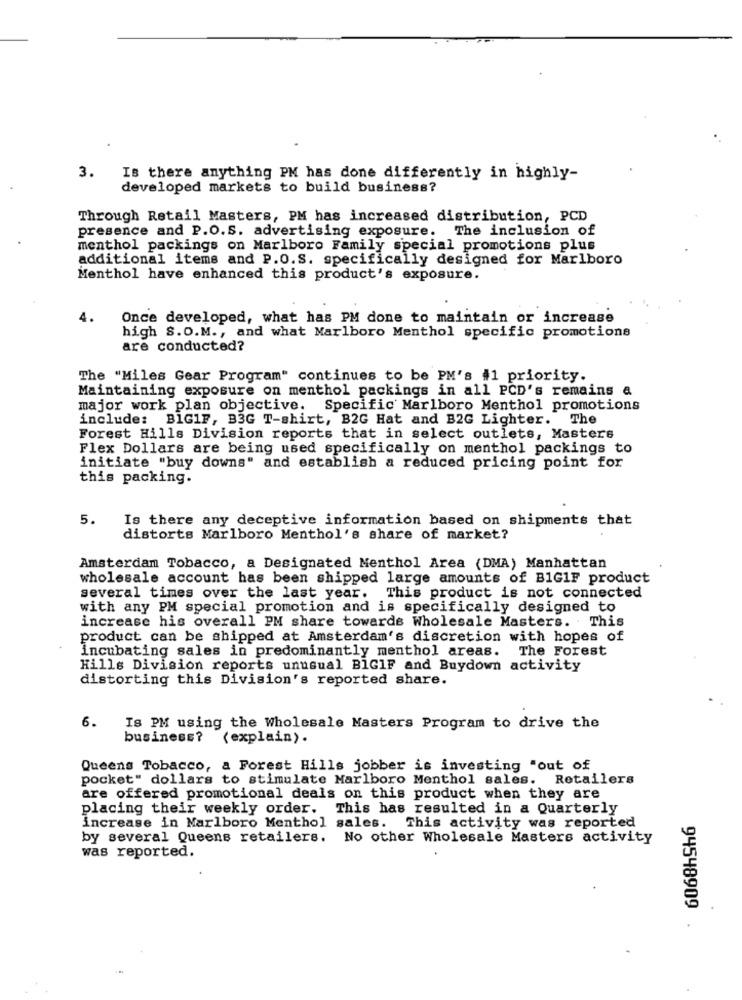
3.
Is there anything PM has done differently in highly-
developed markets to build business?
Through Retail Masters, PM has increased distribution, PCD
presence and P.O.S. advertising exposure. The inclusion of
menthol packings on Marlboro Family special promotions plus
additional items and P.O.S. specifically designed for Marlboro
Menthol have enhanced this product's exposure.
4.
Once developed, what has PM done to maintain or increase
high S.O.M ., and what Marlboro Menthol specific promotions
are conducted?
The "Miles Gear Program" continues to be PM's #1 priority.
Maintaining exposure on menthol packings in all PCD's remains a
major work plan objective. Specific Marlboro Menthol promotions
include: BIGIF, B3G T-shirt, B2G Hat and B2G Lighter. The
Forest Hills Division reports that in select outlets, Masters
Flex Dollars are being used specifically on menthol packings to
initiate "buy downs" and establish a reduced pricing point for
this packing.
5.
Is there any deceptive information based on shipments that
distorts Marlboro Menthol's share of market?
Amsterdam Tobacco, a Designated Menthol Area (DMA) Manhattan
wholesale account has been shipped large amounts of B1G1F product
several times over the last year. This product is not connected
with any PM special promotion and is specifically designed to
increase his overall PM share towards Wholesale Masters. This
product can be shipped at Amsterdam's discretion with hopes of
incubating sales in predominantly menthol areas. The Forest
Hills Division reports unusual BIGIF and Buydown activity
distorting this Division's reported share.
6. Is PM using the Wholesale Masters Program to drive the
business?
(explain).
Queens Tobacco, a Forest Hills jobber is investing "out of
pocket" dollars to stimulate Marlboro Menthol sales. Retailers
are offered promotional deals on this product when they are
placing their weekly order. This has resulted in a Quarterly
increase in Marlboro Menthol sales. This activity was reported
by several Queens retailers. No other Wholesale Masters activity
was reported.
94548909
.